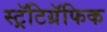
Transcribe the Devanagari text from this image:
स्ट्रॅटिग्रॅफिक